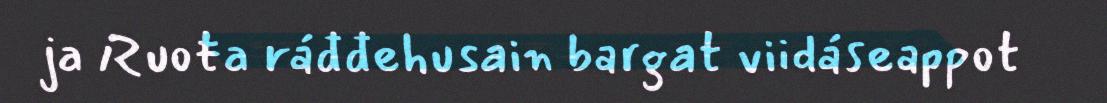
ja Ruoŧa ráđđehusain bargat viidáseappot